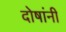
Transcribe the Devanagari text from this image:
दोषांनी